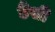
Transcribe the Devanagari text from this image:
डैंसी